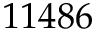
1 1 4 8 6